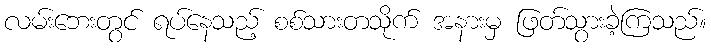
လမ်းဘေးတွင် ရပ်နေသည့် စစ်သားတသိုက် အနားမှ ဖြတ်သွားခဲ့ကြသည်။